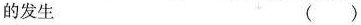
的发生 ()